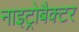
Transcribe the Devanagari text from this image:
नाइट्रोबैक्टर